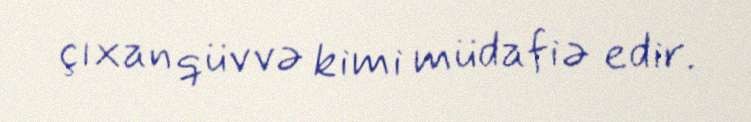
çıxan qüvvə kimi müdafiə edir.